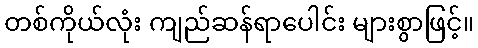
တစ်ကိုယ်လုံး ကျည်ဆန်ရာပေါင်း များစွာဖြင့်။